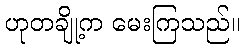
ဟုတချို့က မေးကြသည်။